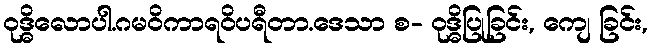
ဝုဒ္ဓိလောပါ.ဂမဝိကာရဝိပရီတာ.ဒေသာ စ- ဝုဒ္ဓိပြုခြင်း, ကျေ ခြင်း,